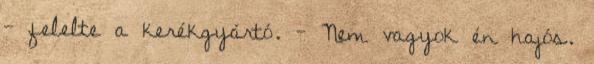
- felelte a kerékgyártó. - Nem vagyok én hajós.